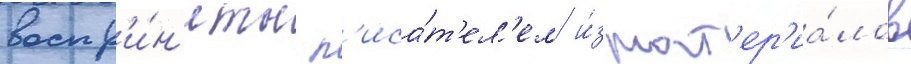
воспр'и́н'яты п'иса́т'ел'ем и́з мат'ер'иа́лов